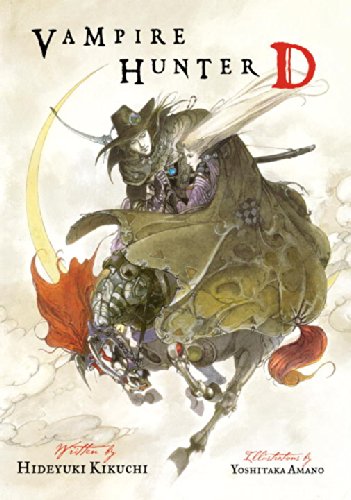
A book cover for Vampire Hunter D, Vol. 1; Hideyuki Kikuchi; Science Fiction & Fantasy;